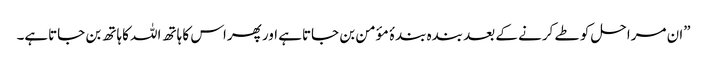
”ان مراحل کو طے کرنے کے بعد بندہ بندۂ مؤمن بن جاتاہے اور پھراس کا ہاتھ اللہ کاہاتھ بن جاتاہے۔